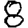
Digit: 8